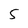
Character: 5